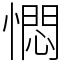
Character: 㦖